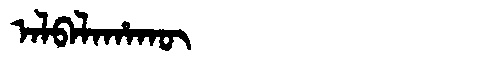
Manchu: ᠠᠯᠪᠠᠯᠠᡥᠠᡴᡡ
Romanization: ALBALAHAKŪ